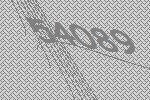
54089